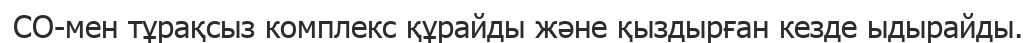
CO-мен тұрақсыз комплекс құрайды және қыздырған кезде ыдырайды.